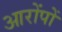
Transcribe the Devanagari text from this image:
आरोंपों